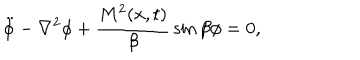
LaTeX: \ddot { \phi } - \nabla ^ { 2 } \phi + { \frac { M ^ { 2 } ( x , t ) } { \beta } } \sin \beta \phi = 0 ,